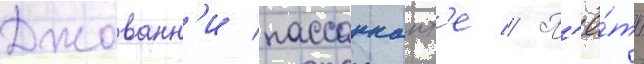
Джованн'и пассаннант'е // П'ё́тр